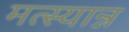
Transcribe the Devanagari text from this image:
मत्स्यान्न